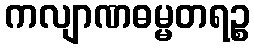
ကလျာဏဓမ္မတရဉ္စ